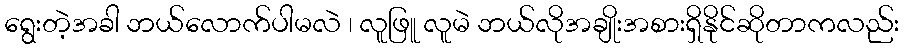
ရွေးတဲ့အခါ ဘယ်လောက်ပါမလဲ ၊ လူဖြူ လူမဲ ဘယ်လိုအချိုးအစားရှိနိုင်ဆိုတာကလည်း